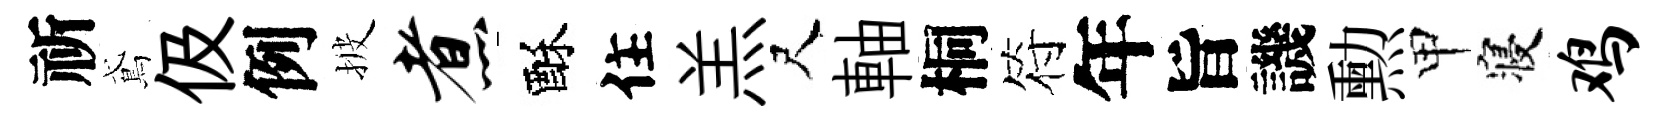
祈鳶伋例披煮酥住羔尺軸桐符年旨譏勲甲寝鸡